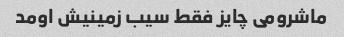
ماشرومی چایز فقط سیب زمینیش اومد